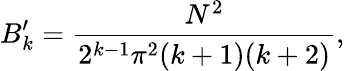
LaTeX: B_{k}^{\prime}={\frac{N^{2}}{2^{k-1}\pi^{2}(k+1)(k+2)}},